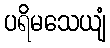
ပရိမသေယျံ